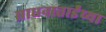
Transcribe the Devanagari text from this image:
साधनाताईंच्या